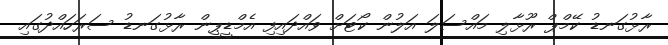
ރާޅުގަނޑު ކޭމްޕް ރޫޅާލި މައްސަލަ އަލުން ކޯޓަށް ވައްދައިފި އެމްޑީޕީން ރާޅުގަނޑު ސަރަހައްދުގައި